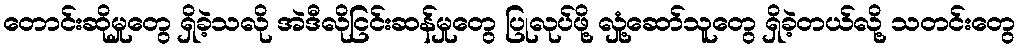
တောင်းဆိုမှုတွေ ရှိခဲ့သလို အဲဒီလိုငြင်းဆန်မှုတွေ ပြုလုပ်ဖို့ လှုံ့ဆော်သူတွေ ရှိခဲ့တယ်လို့ သတင်းတွေ